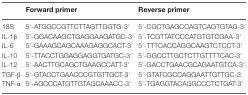
|  | Forward primer | Reverse primer |
 | --- | --- | --- |
 | 18S | 5′-ATGGCCGTTCTTAGTTGGTG-3′ | 5′-CGCTGAGCCAGTCAGTGTAG-3′ |
 | IL-1β | 5′-GGACAAGCTGAGGAAGATGC-3′ | 5′-TCGTTATCCCATGTGTCGAA-3′ |
 | IL-6 | 5′-GAAAGCAGCAAAGAGGCACT-3′ | 5′-TTTCACCAGGCAAGTCTCCT-3′ |
 | IL-10 | 5′-TTACCTGGAGGAGGTGATGC-3′ | 5′-GGCCTTGCTCTTGTTTTCAC-3′ |
 | IL-12 | 5′-AACTTGCAGCTGAAGCCATT-3′ | 5′-GACCTGAACGCAGAATGTCA-3′ |
 | TGF-β | 5′-GTACCTGAACCCGTGTTGCT-3′ | 5′-GTATCGCCAGGAATTGTTGC-3′ |
 | TNF-α | 5′-AGCCCATGTTGTAGCAAACC-3′ | 5′-TGAGGTACAGGCCCTCTGAT-3′ |